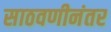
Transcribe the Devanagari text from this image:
साठवणीनंतर